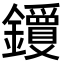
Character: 𬬝